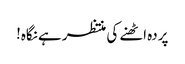
پردہ اٹھنے کی منتظر ہے نگاہ!